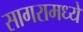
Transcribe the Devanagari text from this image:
सागरामध्ये